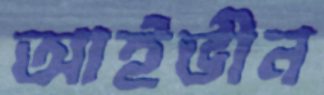
আইভীন